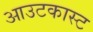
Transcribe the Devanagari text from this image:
आउटकास्ट